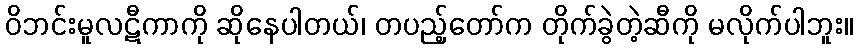
ဝိဘင်းမူလဋီကာကို ဆိုနေပါတယ်၊ တပည့်တော်က တိုက်ခွဲတဲ့ဆီကို မလိုက်ပါဘူး။